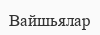
Вайшьялар